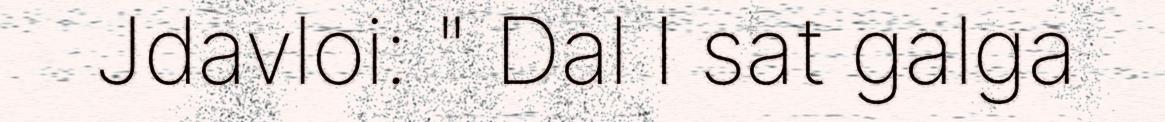
Jdavloi: " Dal I sat galga